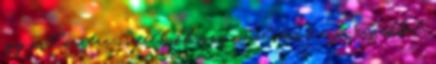
egy pillanatra is felbukkanna , valamint a jó érzékkel